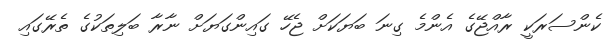
ކެންސަރަކީ ރާއްޖޭގެ އެންމެ ގިނަ ބަޔަކަށް ޖެހޭ ގައިންގަޔަށް ނާރާ ބަލިތަކުގެ ތެރޭގައި